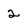
Character: 2